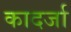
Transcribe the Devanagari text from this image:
कादर्जा